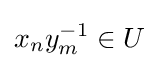
x_{n}y_{m}^{-1}\in U